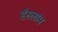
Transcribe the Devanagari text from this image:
हॅस्लाम